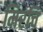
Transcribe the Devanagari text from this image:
मिरचि